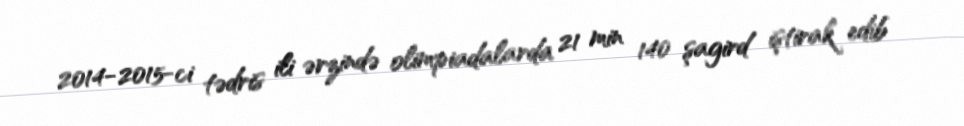
2014-2015-ci tədris ili ərzində olimpiadalarda 21 min 140 şagird iştirak edib